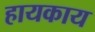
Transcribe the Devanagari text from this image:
हायकाय